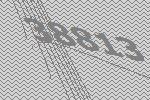
38813